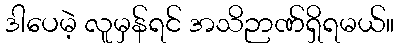
ဒါပေမဲ့ လူမှန်ရင် အသိဉာဏ်ရှိရမယ်။